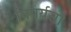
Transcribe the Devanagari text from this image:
विपर्यसों